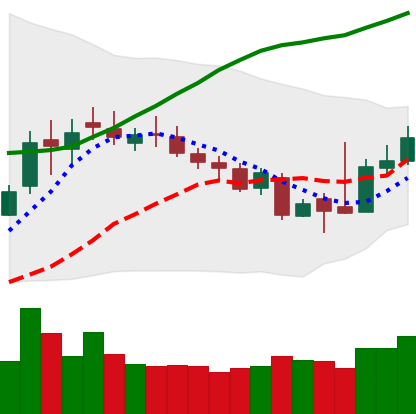
Ticker: XLM-USD
Chart end date: 2018-11-04
Forward return: 5.754%
Label: up_5_7